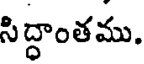
సిద్ధాంతము.